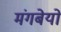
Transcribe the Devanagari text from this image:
मंगबेयों